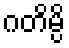
ဂတိမ္ပိ